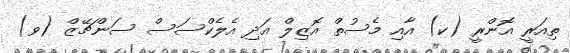
ތިއަރީ އޮންރީ (ކ) އާއި މެސުތް އޮޒިލް އަދި އެލެކްސަސް ސަންޗޭޒް (ވ)